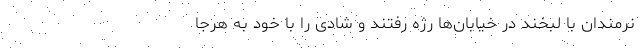
نرمندان با لبخند در خیابان‌ها رژه رفتند و شادی را با خود به هرجا